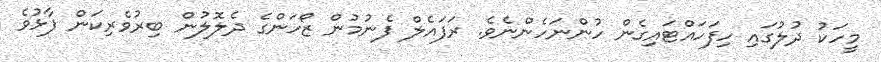
މީހަކު ދުލުގައި ހިފަހައްޓައިގެން ހުންނަހެންނެވެ. ރަފައެލް ފެނުމުން ޒޯހަންގެ ދެލޮލުން ބިރުވެރިކަން ފާޅުވެ